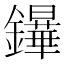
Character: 𨯮